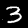
Digit: 3